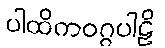
ပါထိကဝဂ္ဂပါဠိ